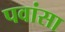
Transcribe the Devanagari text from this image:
पवांसा